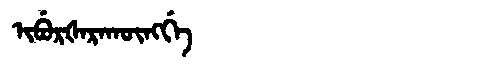
Manchu: ᡳᠪᡠᡵᡧᠠᡵᠠᡴᡡᠩᡤᡝ
Romanization: IBURŠARAKŪNGGE